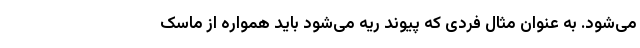
می‌شود. به عنوان مثال فردی که پیوند ریه می‌شود باید همواره از ماسک